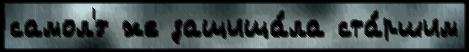
самол'́т же защища́ла ста́ршим